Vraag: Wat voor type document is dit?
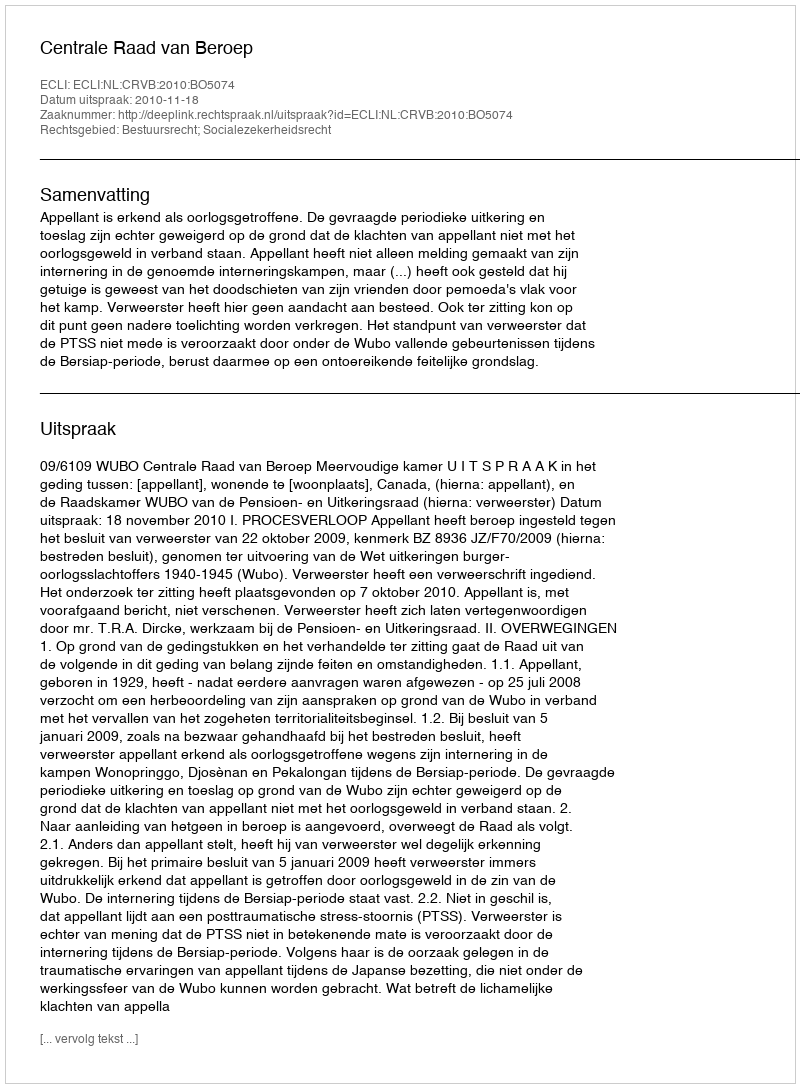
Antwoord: Uitspraak